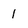
Character: I